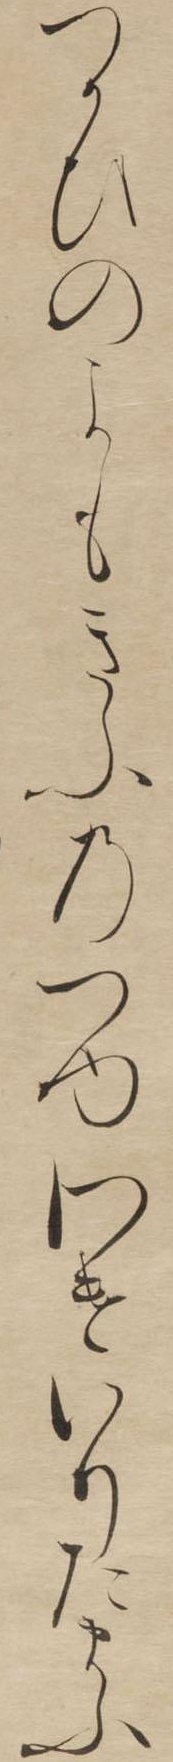
つかひのよもきふのつゆわけいりたまふ